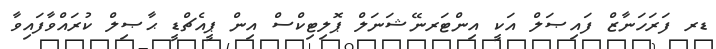
ޑރ ފަރަހަނާޒް ފައިޞަލް އަކީ އިންޓަރނޭޝަނަލް ޕޮލިޓިކްސް އިން ޕީއެޗްޑީ ޙާޞިލް ކުރައްވާފައިވާ